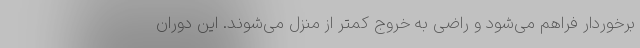
برخوردار فراهم می‌شود و راضی به خروج کمتر از منزل می‌شوند. این دوران